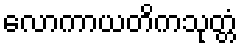
လောကာယတိကသုတ္တံ